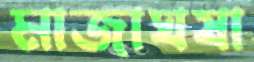
মাজাঘষা